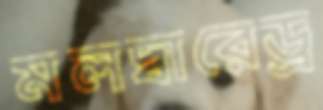
মলদ্বারেড্র